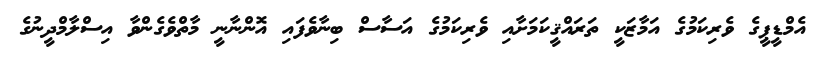
އެމްޑީޕީގެ ވެރިކަމުގެ އަމާޒަކީ ތަރައްޤީކަމަށާއި ވެރިކަމުގެ އަސާސް ބިނާވެފައި އޮންނާނީ މާތްވެގެންވާ އިސްލާމްދީނުގެ